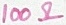
Text: 100Ω